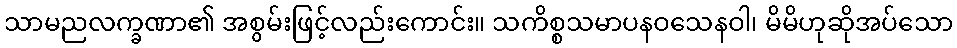
သာမညလက္ခဏာ၏ အစွမ်းဖြင့်လည်းကောင်း။ သကိစ္စသမာပနဝသေနဝါ၊ မိမိဟုဆိုအပ်သော